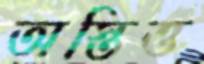
অস্তিত্ত